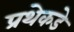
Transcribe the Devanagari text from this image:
प्रथेकडे